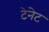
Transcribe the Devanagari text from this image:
टेनेट